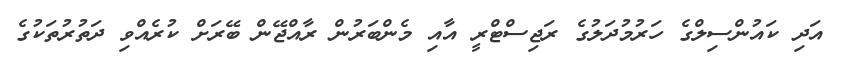
އަދި ކައުންސިލްގެ ހަރުމުދަލުގެ ރަޖިސްޓްރީ އާއި މެންބަރުން ރާއްޖޭން ބޭރަށް ކުރެއްވި ދަތުރުތަކުގެ